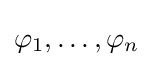
\varphi _{1},\dots ,\varphi _{n}